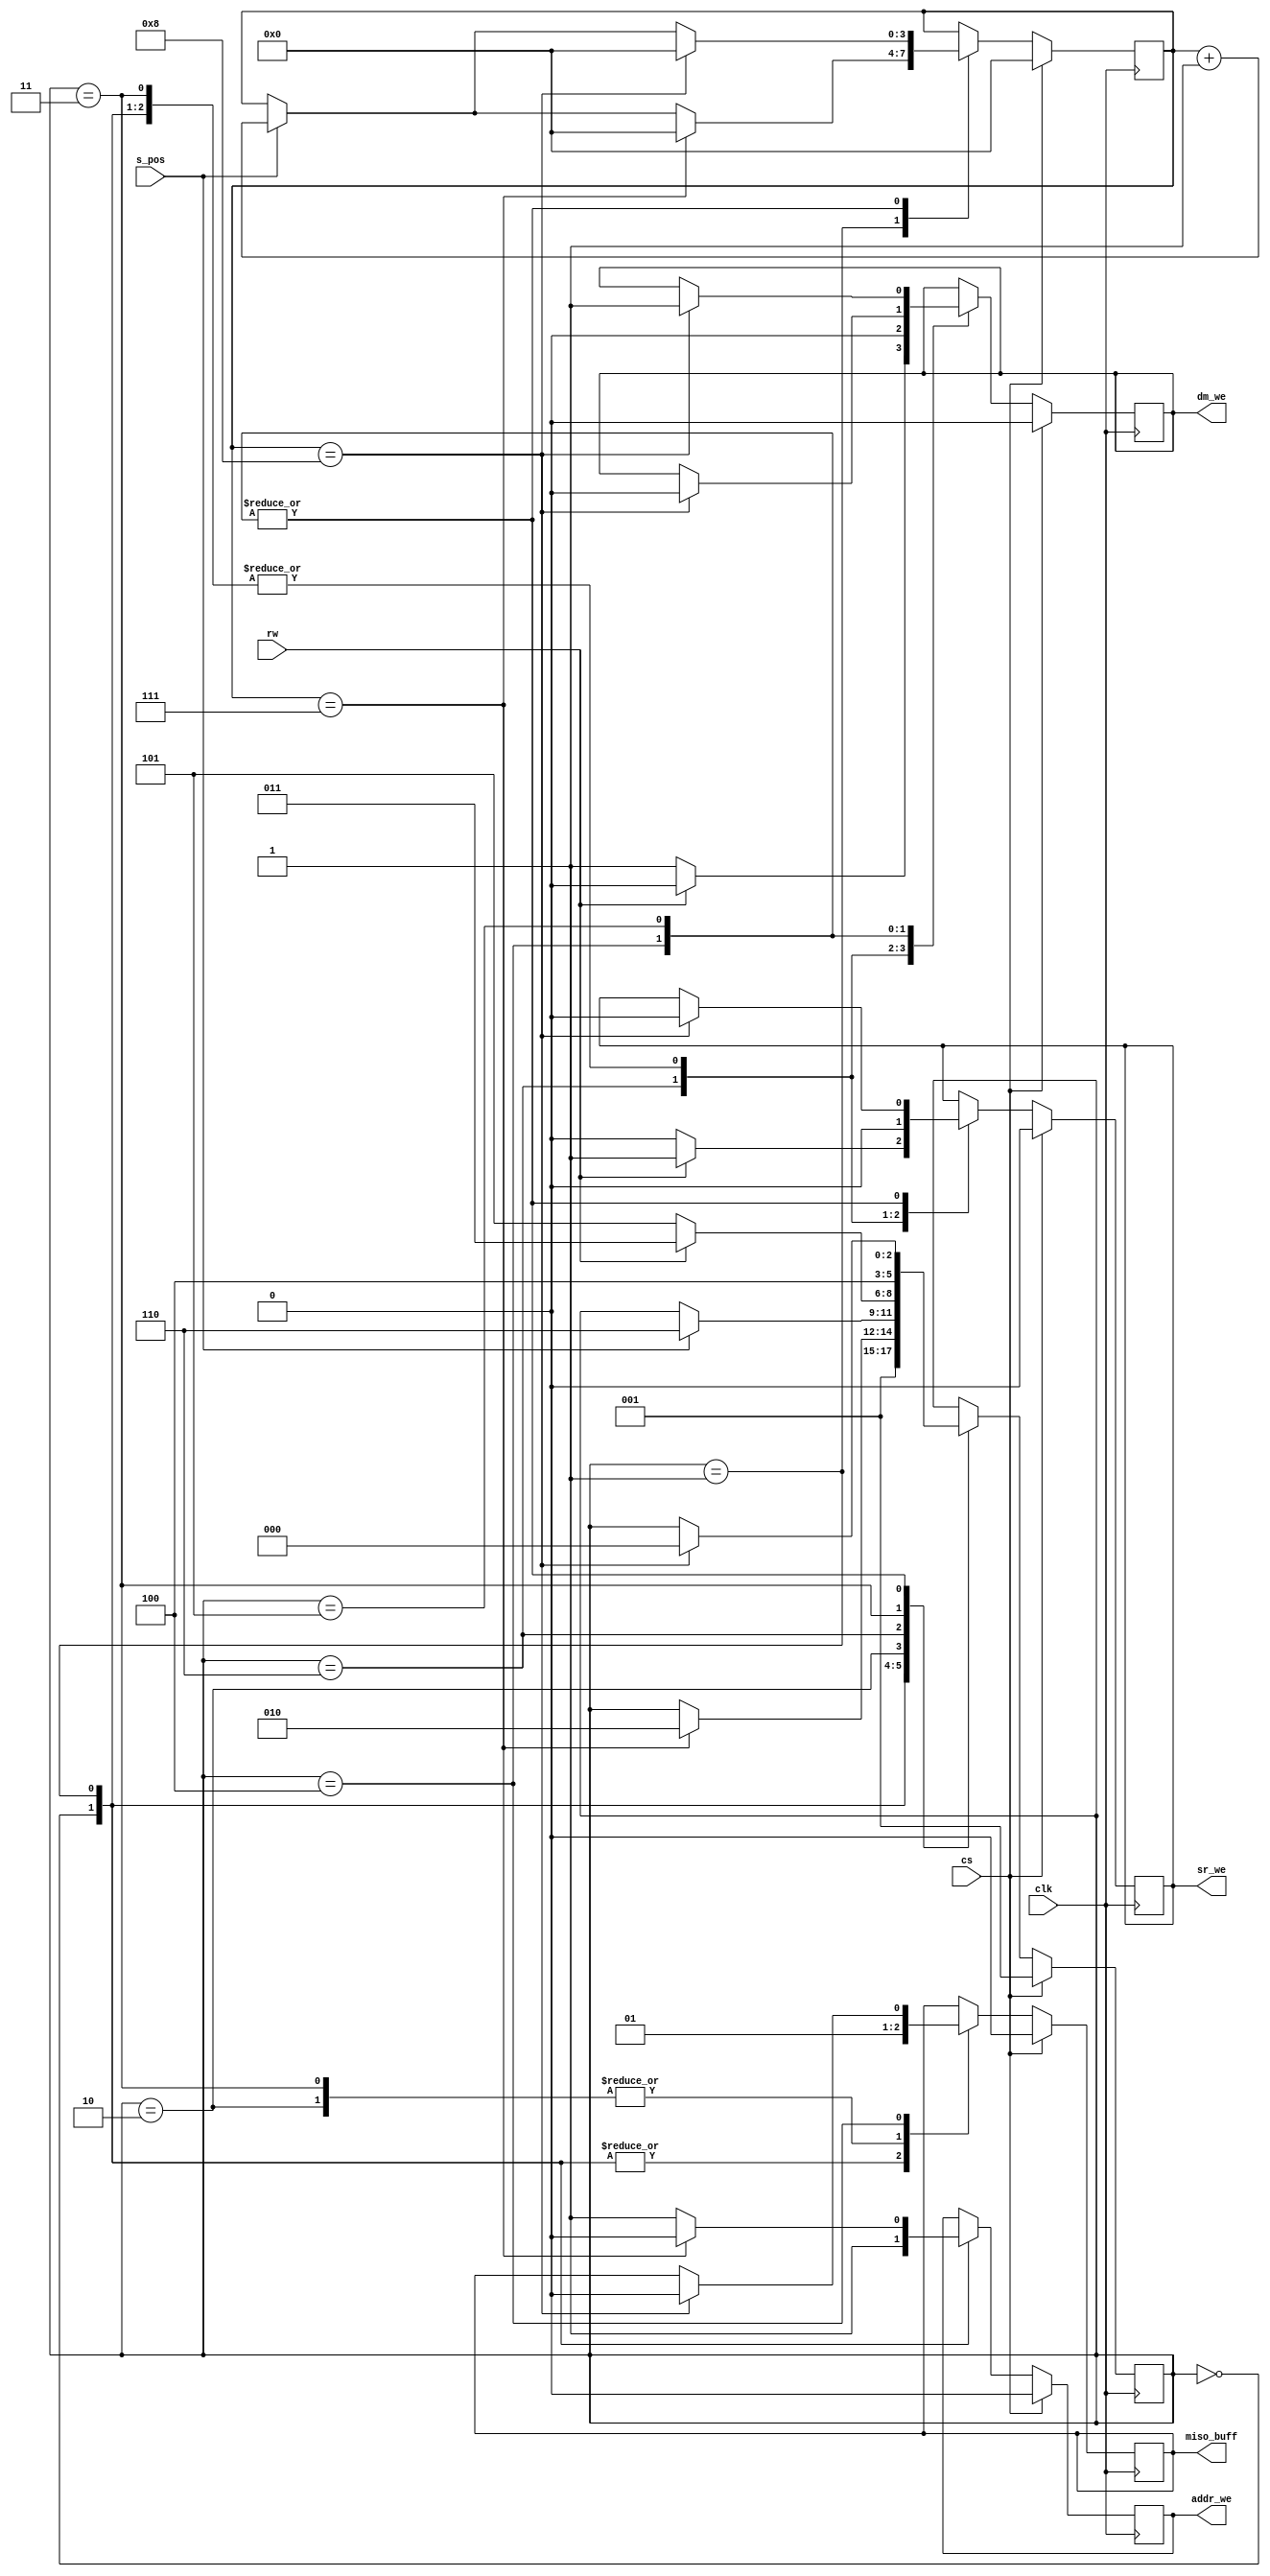
/*
 * Module fsm
 *
 * Inputs: sclk_edge, cs, rw
 * Outputs: miso_buff, dm_we, addr_we, sr_we
 * Function: miso_buff enables output to master, use dm_we to write to
 * memory, addr_we to select an address of data memory, and sr_we to
 * parallel load the shift register.
 *
 * The states which control these outputs are:
 * - 0: Begin the transaction by allowing the address of the data
 *     memory to be selected and proceed to state 1.
 * - 1: Load the first 7 bits of data into the address and then proceed
 *   to state 2.
 * - 2: Branch for the value of RW.
 * - 3: Read: Enable the miso_pin and close parallel load (sr) of the
 *   shift register and then proceed tho state 4.
 * - 4: Disable miso_pin and revert to state 0.
 * - 5: Write MOSI to the selected address and then revert to state 0.
 */

`define BEGIN 3'd0
`define LOAD_ADDRESS 3'd1
`define HANDLE_READ_WRITE 3'd2
`define START_READ 3'd3
`define END_READ 3'd4
`define WRITE 3'd5
`define WAIT 3'd6

module fsm
  (
   input      clk, // Positive edge of the serial clock
              cs,        // Chip Select
              rw,        // Bit determining whether a read or write operation is occurring, equivalent to ShiftRegOutP[0]
              s_pos,  //pos edge of serial clock

   output reg miso_buff,
              dm_we,   // Date Memory Write Enable
              addr_we, // Address Write enable
              sr_we   // Shift Register Write Enable
              //stateOut //Testing Variable
   );

   // Keep track of the amount of bits of data loaded.
   reg [3:0]  counter = 0;

   // Keep track of the current state.
   reg [2:0]  state = `BEGIN;

   always @(posedge clk) begin
      // If cs is high, do nothing.
      if (cs) begin
         state <= `LOAD_ADDRESS;
         miso_buff <= 0;
         dm_we <= 0;
         addr_we <= 0;
         sr_we <= 0;
         counter <= 0;
      end
      else begin
//        stateOut <= state;
         case (state)

           // Begin the transaction
           `BEGIN: begin
              addr_we <= 1;
              state <= `LOAD_ADDRESS;
              dm_we <= 0;
              sr_we <= 0;
              miso_buff <= 0;
           end

           // Load the first 7 bits of data for the address.
           `LOAD_ADDRESS: begin
              dm_we <= 0;
              addr_we <= 1;
              if(s_pos) counter <= counter + 1;
              sr_we <= 0;
              dm_we <= 0;
              miso_buff <= 0;

              // 6 because counting starts at 0
              if (counter == 7) begin
                 state <= `HANDLE_READ_WRITE;
                 counter <= 0;
                 addr_we <= 0;
              end

           end


           // Handle RW
           `HANDLE_READ_WRITE: begin
              // Read when rw high, write when rw low
              miso_buff <= 1;
              if(s_pos) begin
                state <= `WAIT;
              end
           end

           `WAIT: begin
           if (rw) begin
              sr_we <= 1;
              dm_we <= 0;
              state <= `START_READ;
           end
           else begin
              dm_we <= 1;
              sr_we <= 0;
              state <= `WRITE;
            end
            end

           // Read operation:
           `START_READ: begin
              sr_we <= 0;
              dm_we <= 0;
              miso_buff <= 1;
              state <= `END_READ;
           end

           // Stop writing to miso
           `END_READ: begin
           if(s_pos) counter <= counter + 1;
              if (counter == 8) begin
                 state <= `BEGIN;
                 dm_we <= 0;
                 sr_we <= 0;
                 counter <= 0;
                 miso_buff <= 0;
              end
           end


           // Write to datamemory for 8 bits.
           `WRITE: begin
              // if (counter == 6) begin
              //   dm_we <= 1;
              // end
              if(s_pos) counter <= counter + 1;
              if (counter == 8) begin
                 dm_we <= 0;
                 sr_we <= 0;
                 dm_we <= 1;
                 state <= `BEGIN;
                 counter <= 0;
              end
           end
         endcase
      end
   end

endmodule